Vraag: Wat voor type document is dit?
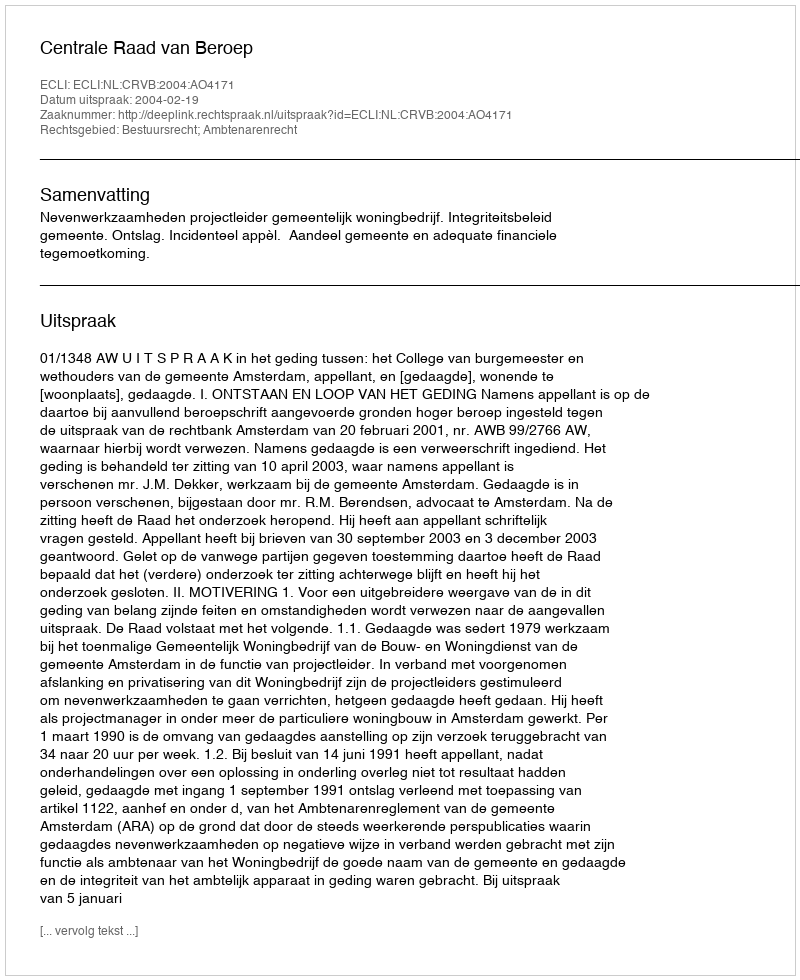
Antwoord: Uitspraak